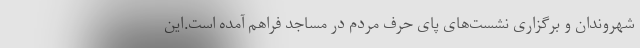
شهروندان و برگزاری نشست‌های پای حرف مردم در مساجد فراهم آمده است.این